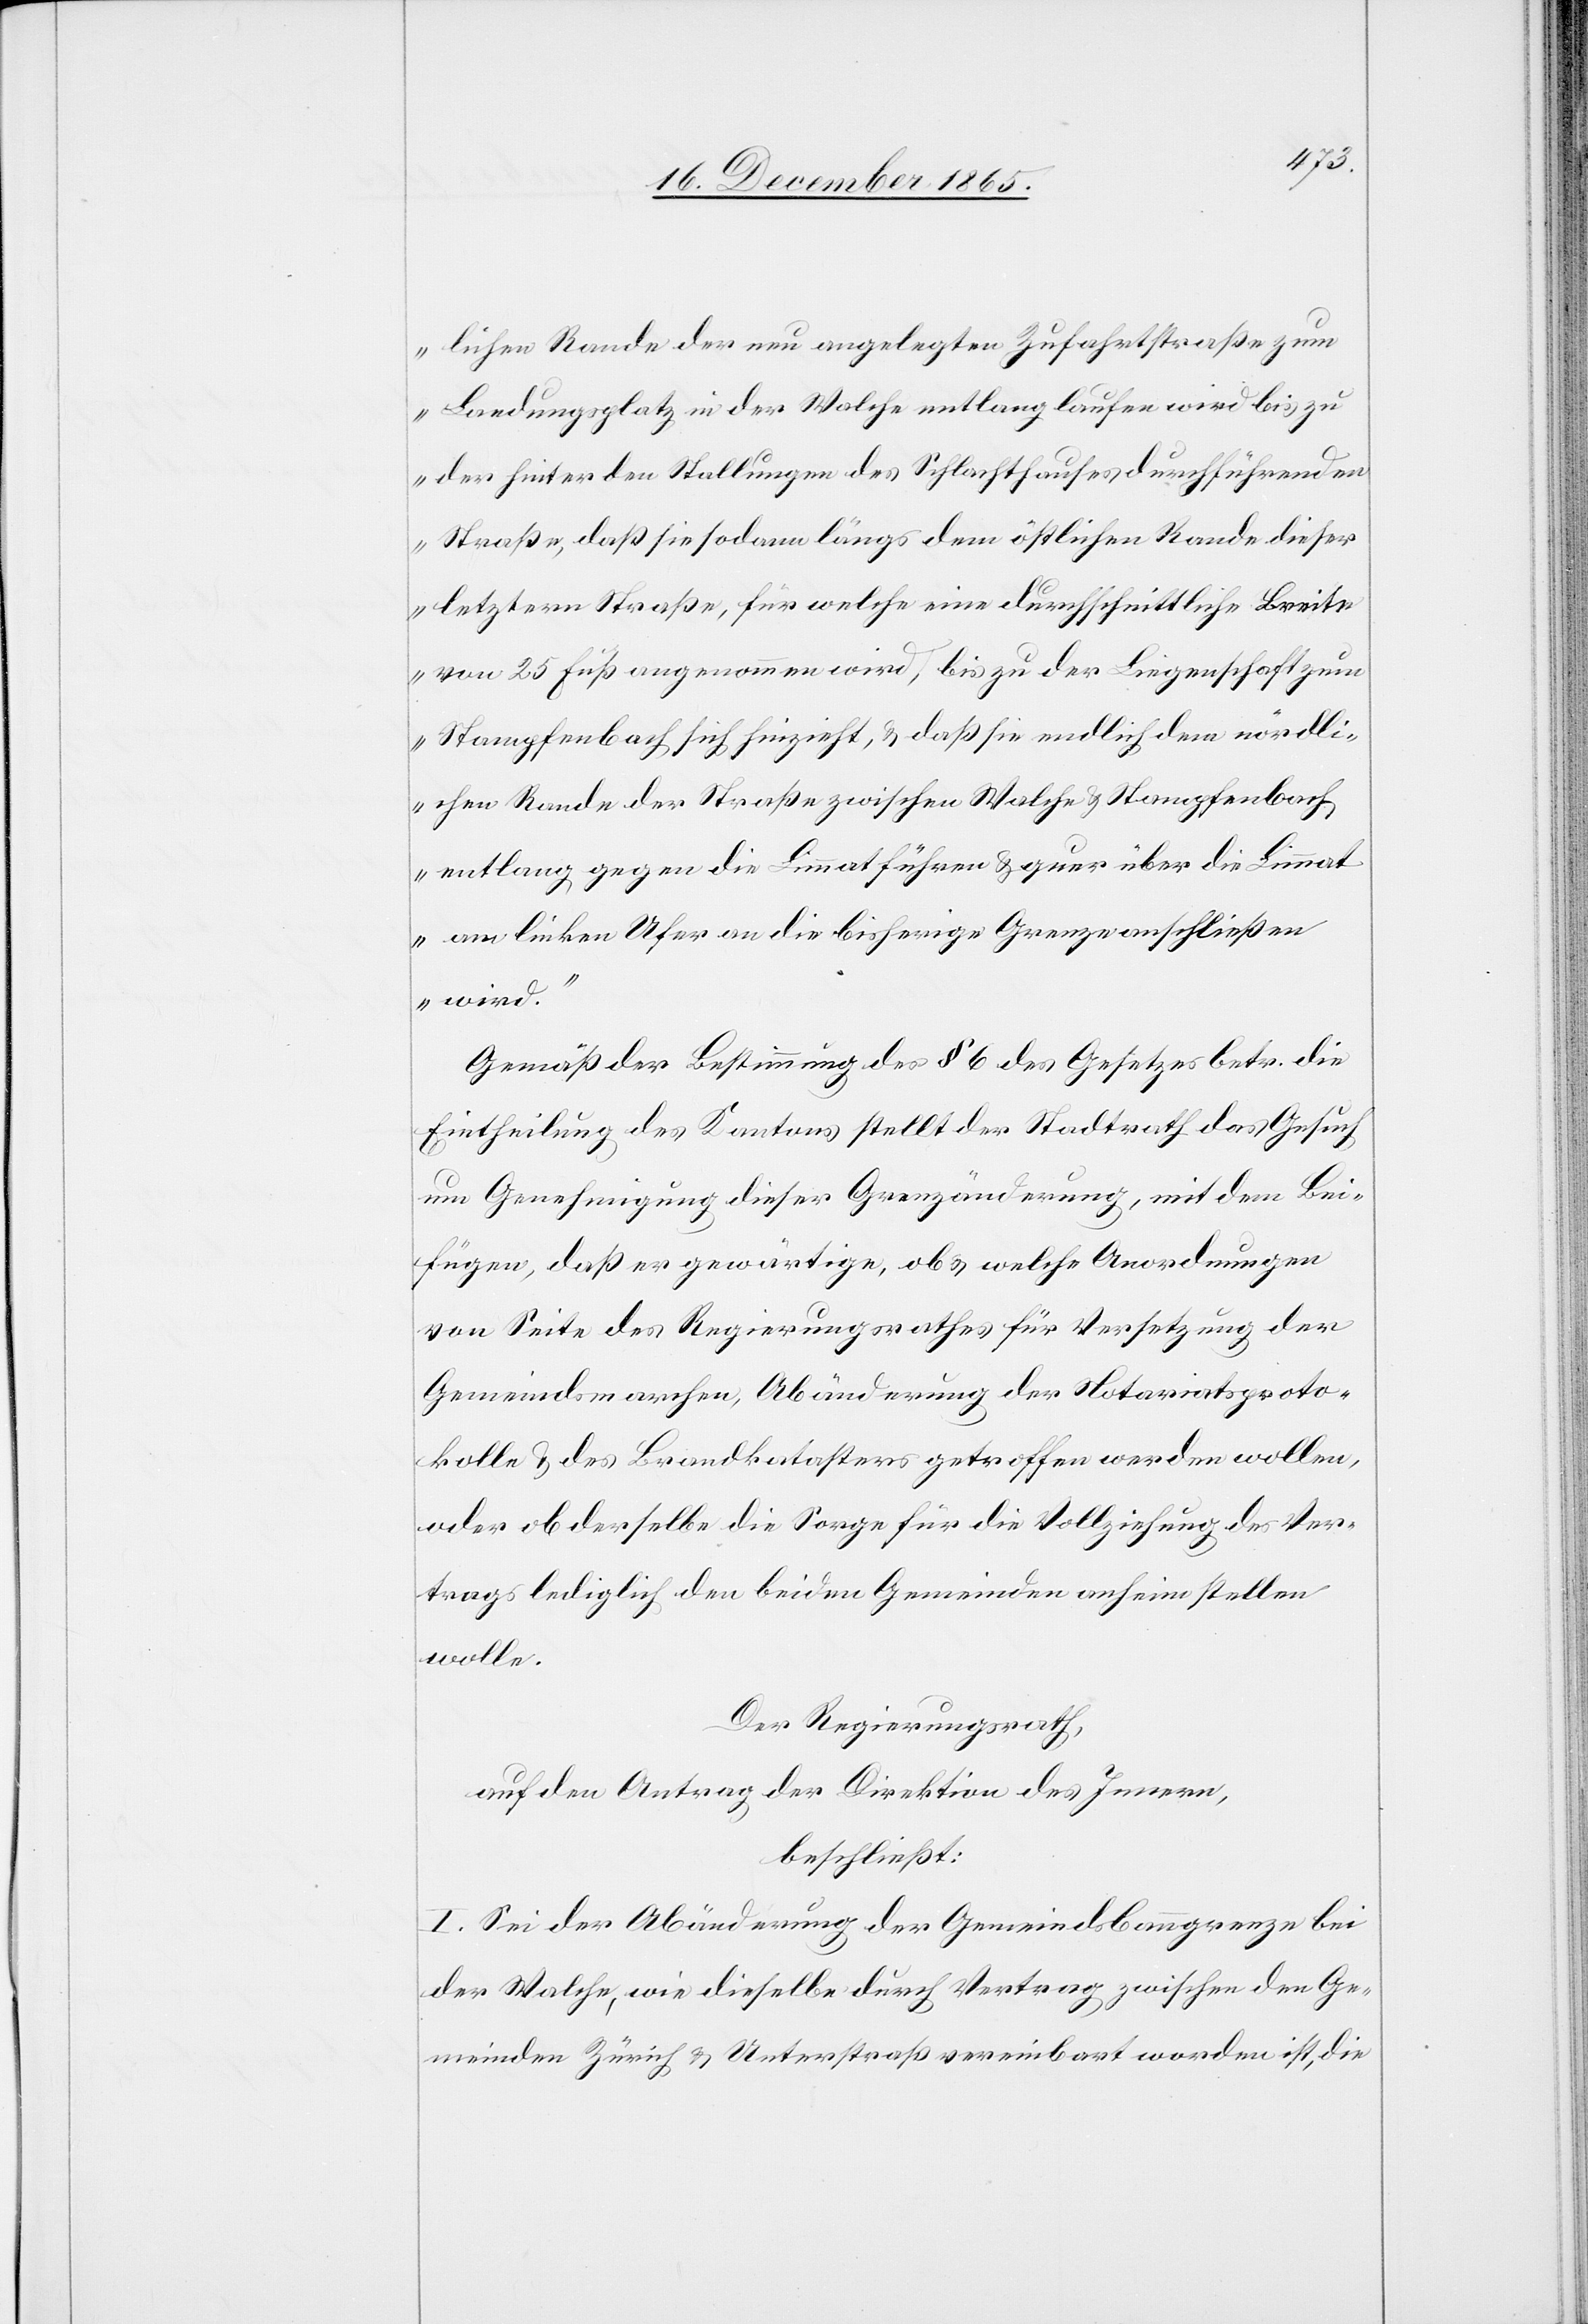
lichen Rande der neu angelegten Zufahrtsstraße zum
Landungsplatz in der Walche entlanglaufen wird bis zu
der hinter den Stallungen des Schlachthauses durchführenden
Straße, daß sie sodann längs dem östlichen Rande dieser
letztern Straße, für welche eine durchschnittliche Breite
von 25 Fuß angenommen wird, bis zu der Liegenschaft zum
Stampfenbach sich hinzieht, & daß sie endlich dem nördli¬
chen Rande der Straße zwischen Walche & Stampfenbach
entlang gegen die Limmat führen & quer über die Limmat
am linken Ufer an die bisherige Grenze anschließen
wird.“
Gemäß der Bestimmung des § 6 des Gesetzes betr. die
Eintheilung des Kantons stellt der Stadtrath das Gesuch
um Genehmigung dieser Grenzänderung, mit dem Bei¬
fügen, daß er gewärtige, ob & welche Anordnungen
von Seite des Regierungsrathes für Versetzung der
Gemeindsmarchen, Abänderung der Notariatsproto¬
kolle & des Brandkatasters getroffen werden wollen,
oder ob derselbe die Sorge für die Vollziehung des Ver¬
trags lediglich den beiden Gemeinden anhin stellen
wolle.
Der Regierungsrath,
auf den Antrag der Direktion des Innern,
beschließt:
I. Sei der Abänderung der Gemeindsbanngrenze bei
der Walche, wie dieselbe durch Vertrag zwischen den Ge¬
meinden Zürich & Unterstraß vereinbart worden ist, die